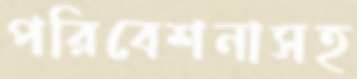
পরিবেশনাসহ